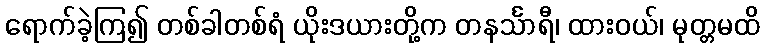
ရောက်ခဲ့ကြ၍ တစ်ခါတစ်ရံ ယိုးဒယားတို့က တနင်္သာရီ၊ ထားဝယ်၊ မုတ္တမထိ